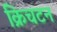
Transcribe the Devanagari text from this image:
क्रिचटन